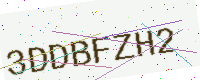
Text: 3DDBFZH2